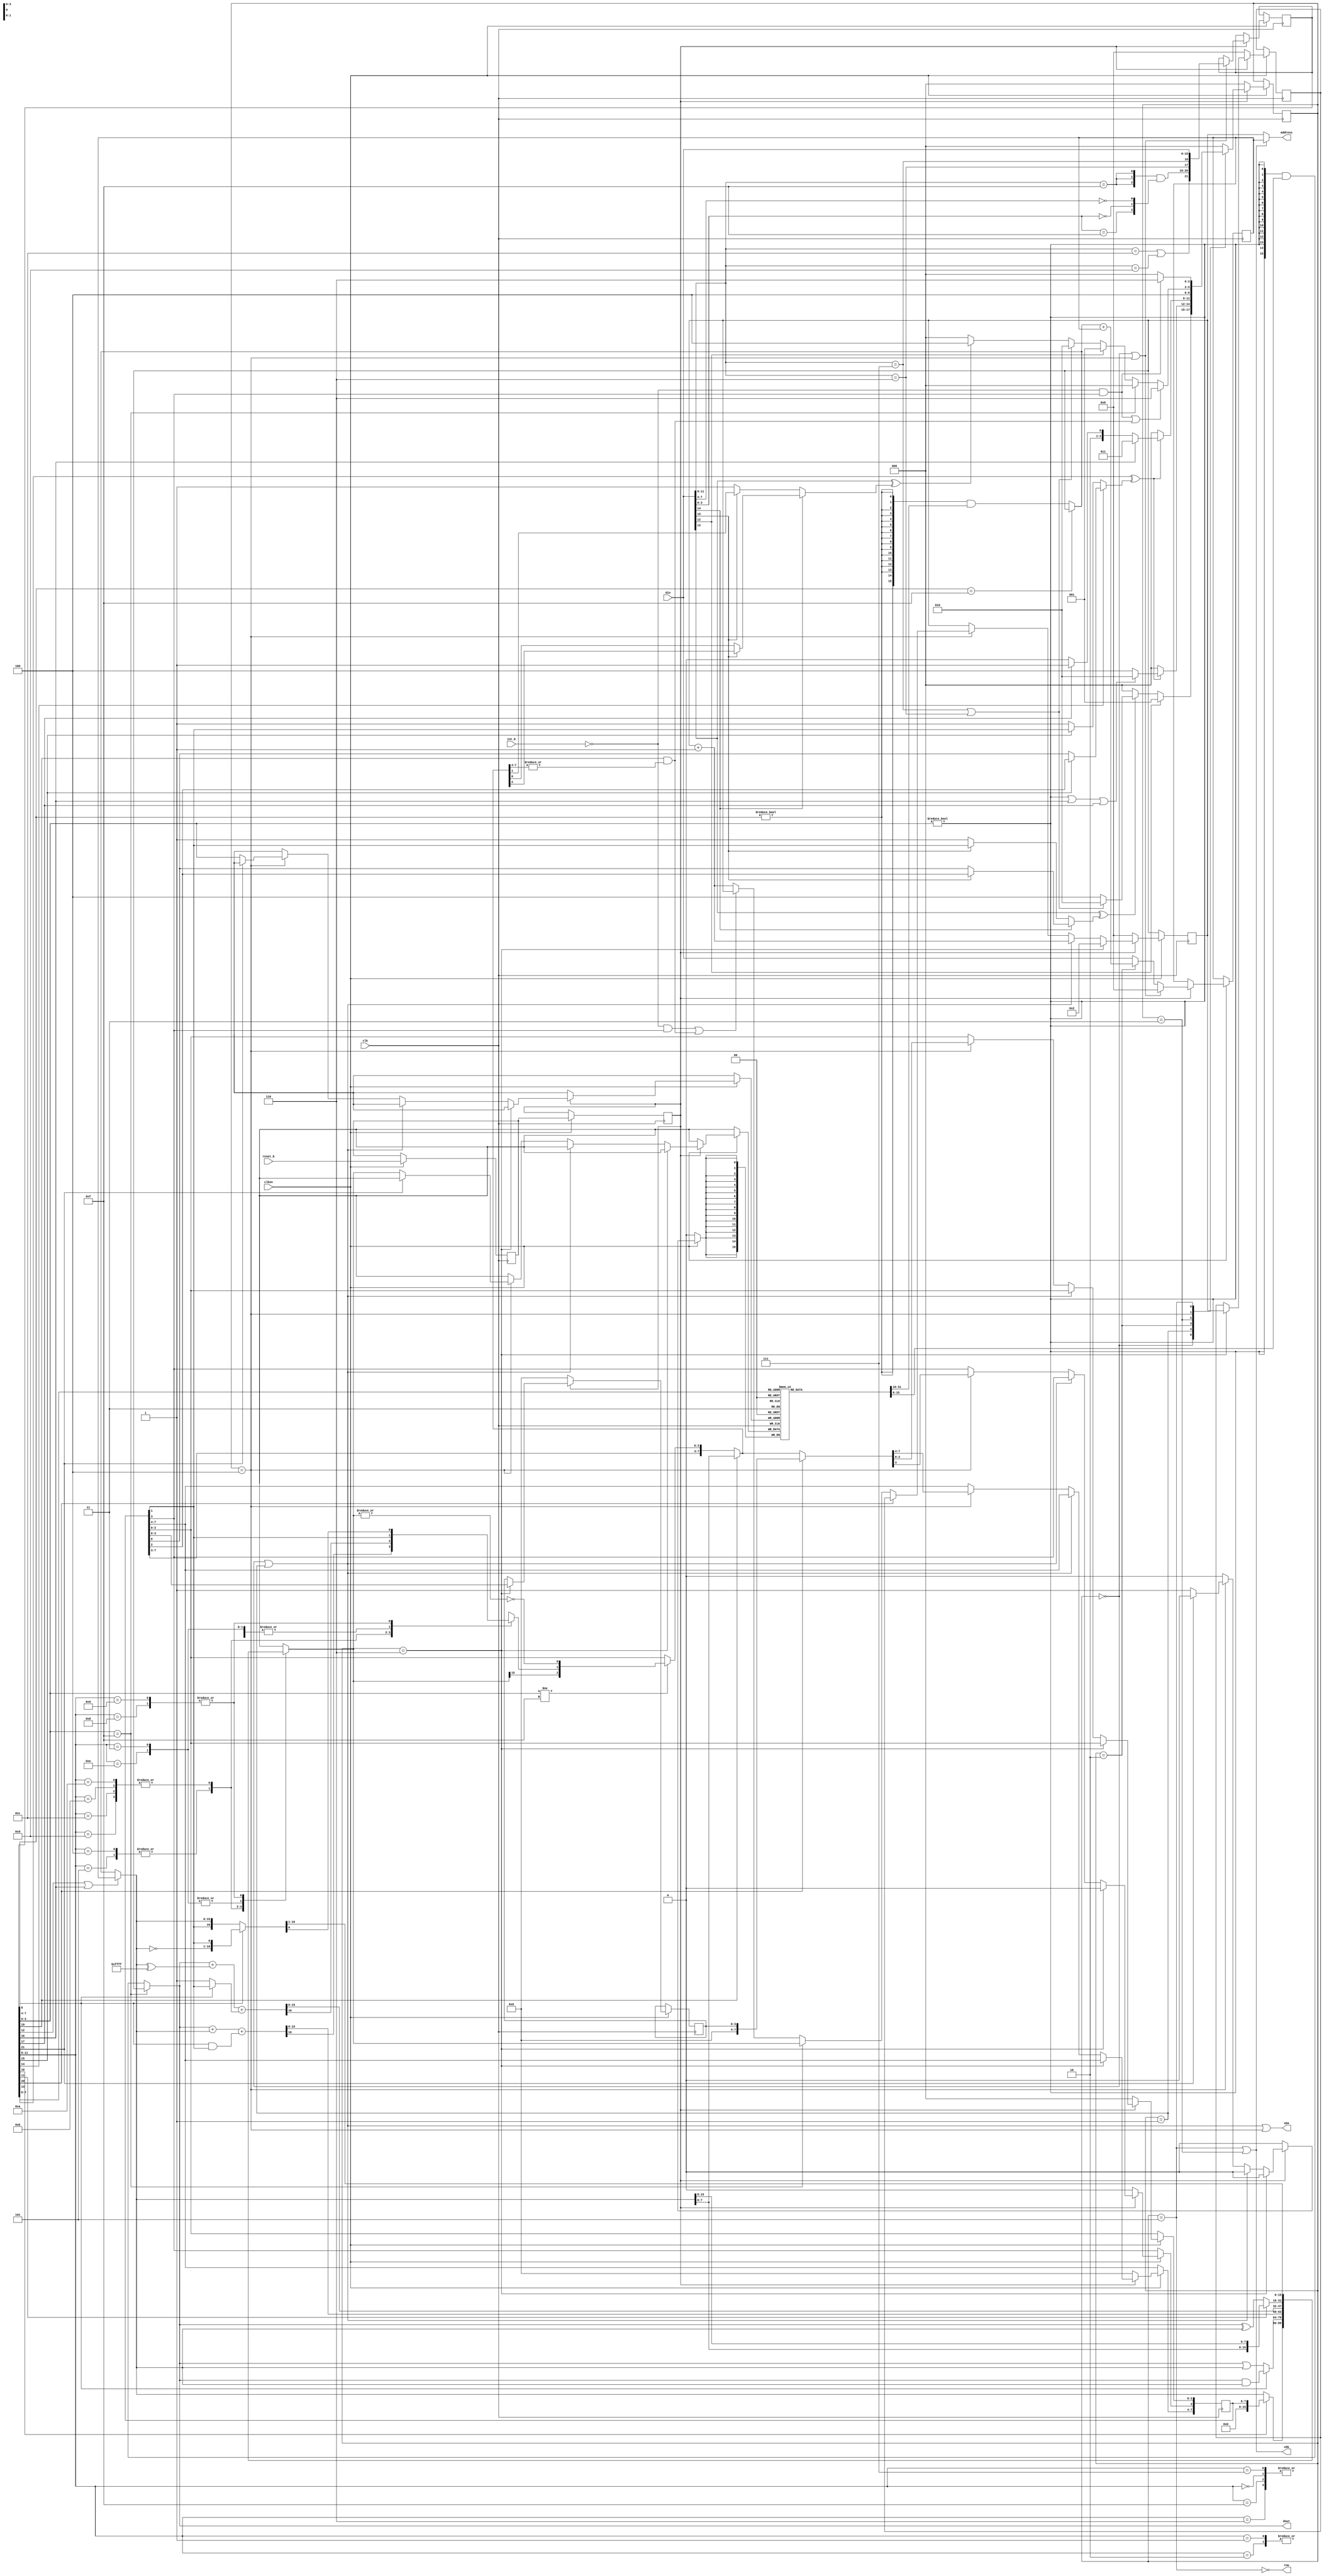
module opc5lscpu( input[15:0] din, input clk, input reset_b, input int_b, input clken, output vpa, output vda, output[15:0] dout, output[15:0] address, output rnw);
    parameter MOV=4'h0,AND=4'h1,OR=4'h2,XOR=4'h3,ADD=4'h4,ADC=4'h5,STO=4'h6,LD=4'h7,ROR=4'h8,NOT=4'h9,SUB=4'hA,SBC=4'hB,CMP=4'hC,CMPC=4'hD,BSWP=4'hE,PSR=4'hF;
    parameter FETCH0=3'h0,FETCH1=3'h1,EA_ED=3'h2,RDMEM=3'h3,EXEC=3'h4,WRMEM=3'h5,INT=3'h6 ;
    parameter EI=3,S=2,C=1,Z=0,P0=15,P1=14,P2=13,IRLEN=12,IRLD=16,IRSTO=17,IRGETPSR=18,IRPUTPSR=19,IRRTI=20,IRCMP=21,INT_VECTOR=16'h0002;
    reg [15:0] OR_q, PC_q, PCI_q, result;
    reg [21:0] IR_q; (* RAM_STYLE="DISTRIBUTED" *)
    reg [15:0] dprf_q[15:0];
    reg [2:0]  FSM_q;
    reg [3:0]  swiid,PSRI_q;
    reg [7:0]  PSR_q ;
    reg        zero,carry,sign,enable_int,reset_s0_b,reset_s1_b;
    wire predicate 	            = IR_q[P2] ^ (IR_q[P1]?(IR_q[P0]?PSR_q[S]:PSR_q[Z]):(IR_q[P0]?PSR_q[C]:1));
    wire predicate_din 	        = din[P2] ^ (din[P1]?(din[P0]?PSR_q[S]:PSR_q[Z]):(din[P0]?PSR_q[C]:1));
    wire [15:0] dprf_dout_p2    = (IR_q[7:4]==4'hF) ? PC_q: {16{(IR_q[7:4]!=4'h0)}} & dprf_q[IR_q[7:4]];  // Port 2 always reads source reg
    wire [15:0] dprf_dout       = (IR_q[3:0]==4'hF) ? PC_q: {16{(IR_q[3:0]!=4'h0)}} & dprf_q[IR_q[3:0]];  // Port 1 always reads dest reg
    wire [15:0] operand         = (IR_q[IRLEN]||IR_q[IRLD]) ? OR_q : dprf_dout_p2;                        // For one word instructions operand comes from dprf
    assign {rnw, dout, address} = { !(FSM_q==WRMEM), dprf_dout, ( FSM_q==WRMEM || FSM_q == RDMEM)? OR_q : PC_q };
    assign {vpa,vda}            = {((FSM_q==FETCH0)||(FSM_q==FETCH1)||(FSM_q==EXEC)),((FSM_q==RDMEM)||(FSM_q==WRMEM)) };
    always @( * )
        begin
            case (IR_q[11:8])     // no real need for STO entry but include it so all instructions are covered, no need for default
                LD,MOV,PSR,STO   :{carry,result} = {PSR_q[C],(IR_q[IRGETPSR])?{8'b0,PSR_q}:operand} ;
                AND,OR           :{carry,result} = {PSR_q[C],(IR_q[8])?(dprf_dout & operand):(dprf_dout | operand)};
                ADD,ADC          :{carry,result} = dprf_dout + operand + (IR_q[8] & PSR_q[C]);
                SUB,SBC,CMP,CMPC :{carry,result} = dprf_dout + (operand ^ 16'hFFFF) + ((IR_q[8])?PSR_q[C]:1);
                XOR,BSWP         :{carry,result} = {PSR_q[C],(!IR_q[11])?(dprf_dout ^ operand):{operand[7:0],operand[15:8] }};
                NOT,ROR          :{result,carry} = (IR_q[8])?{~operand,PSR_q[C]}:{PSR_q[C],operand} ;
            endcase // case ( IR_q )
            {swiid,enable_int,sign,carry,zero} = (IR_q[IRPUTPSR])?operand[7:0]:(IR_q[3:0]!=4'hF)?{PSR_q[7:3],result[15],carry,!(|result)}:PSR_q;
        end // always @ ( * )
    always @(posedge clk)
        if (clken) begin
            {reset_s0_b,reset_s1_b} <= {reset_b,reset_s0_b};
            if (!reset_s1_b)
                {PC_q,PCI_q,PSRI_q,PSR_q,FSM_q} <= 0;
            else begin
                case (FSM_q)
                    FETCH0 : FSM_q <= (din[IRLEN]) ? FETCH1 : (!predicate_din) ? FETCH0 : ((din[11:8]==LD) || (din[11:8]==STO)) ? EA_ED : EXEC;
                    FETCH1 : FSM_q <= (!predicate )? FETCH0: ((IR_q[3:0]!=0) || (IR_q[IRLD]) || IR_q[IRSTO]) ? EA_ED : EXEC;
                    EA_ED  : FSM_q <= (!predicate )? FETCH0: (IR_q[IRLD]) ? RDMEM : (IR_q[IRSTO]) ? WRMEM : EXEC;
                    RDMEM  : FSM_q <= EXEC;
                    EXEC   : FSM_q <= ((!int_b & PSR_q[EI])||(IR_q[IRPUTPSR] && (|swiid)))?INT:(IR_q[3:0]==4'hF)?FETCH0: (din[IRLEN]) ? FETCH1 : // go to fetch0 if PC or PSR affected by exec
                                ((din[11:8]==LD) || (din[11:8]==STO) ) ? EA_ED :                                       // load/store have to go via EA_ED
                                (din[P2] ^ (din[P1] ? (din[P0] ? sign : zero): (din[P0] ? carry : 1))) ? EXEC : FETCH0; // short cut to exec on all predicates
                                //(din[15:13]==3'b000)? EXEC : EA_ED;                                                  // or short cut on always only
                    WRMEM  : FSM_q <= (!int_b & PSR_q[EI])?INT:FETCH0;
                    default: FSM_q <= FETCH0;
                endcase // case (FSM_q)
                OR_q <= (FSM_q == FETCH0 || FSM_q==EXEC)? 16'b0 : (FSM_q==EA_ED) ? dprf_dout_p2 + OR_q : din;
                if ( FSM_q == INT )
                    {PC_q,PCI_q,PSRI_q,PSR_q[EI]} <= {INT_VECTOR,PC_q,PSR_q[3:0],1'b0} ; // Always clear EI on taking interrupt
                else if ( FSM_q == FETCH0 || FSM_q == FETCH1 )
                    PC_q <= PC_q + 1;
                else if ( FSM_q == EXEC ) begin
                    PC_q <= (IR_q[IRRTI])?PCI_q:(IR_q[3:0]==4'hF)?result:((!int_b && PSR_q[EI]) || (IR_q[IRPUTPSR] && (|swiid)))?PC_q:PC_q + 1;
                    PSR_q <= (IR_q[IRRTI])?{4'b0,PSRI_q}:{swiid,enable_int,sign,carry,zero}; // Clear SWI bits on return
                    if (!IR_q[IRCMP])
                        dprf_q[IR_q[3:0]] <= result ;
                end
                if ( FSM_q == FETCH0 || FSM_q == EXEC)
                    IR_q <= {((din[11:8]==CMP)||(din[11:8]==CMPC)),{3{(din[11:8]==PSR)}}&{(din[3:0]==4'hF),(din[3:0]==4'h0),(din[7:4]==4'b0)},(din[11:8]==STO),(din[11:8]==LD),din};
            end // else: !if(!reset_s1_b)
        end
endmodule